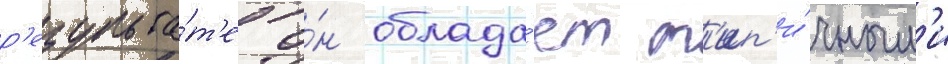
р'езульта́т'е о́н облада́ет т'ип'и́чным'и